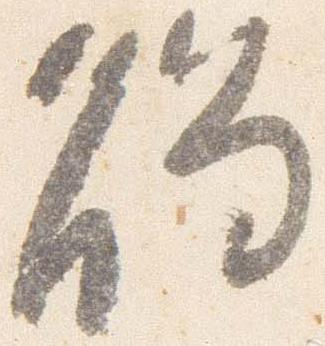
触